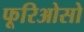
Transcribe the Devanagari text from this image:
फूरिओसो